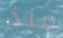
منذ